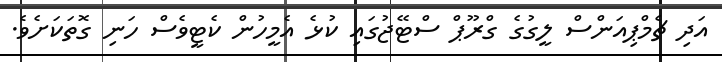
އަދި ޗެމްޕިއަންސް ލީގުގެ ގްރޫޕް ސްޓޭޖުގައި ކުޅެ އެމީހުން ކެޓީވެސް ހަނި ގޮތަކަށެވެ.